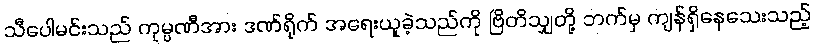
သီပေါမင်းသည် ကုမ္ပဏီအား ဒဏ်ရိုက် အရေးယူခဲ့သည်ကို ဗြိတိသျှတို့ ဘက်မှ ကျန်ရှိနေသေးသည့်